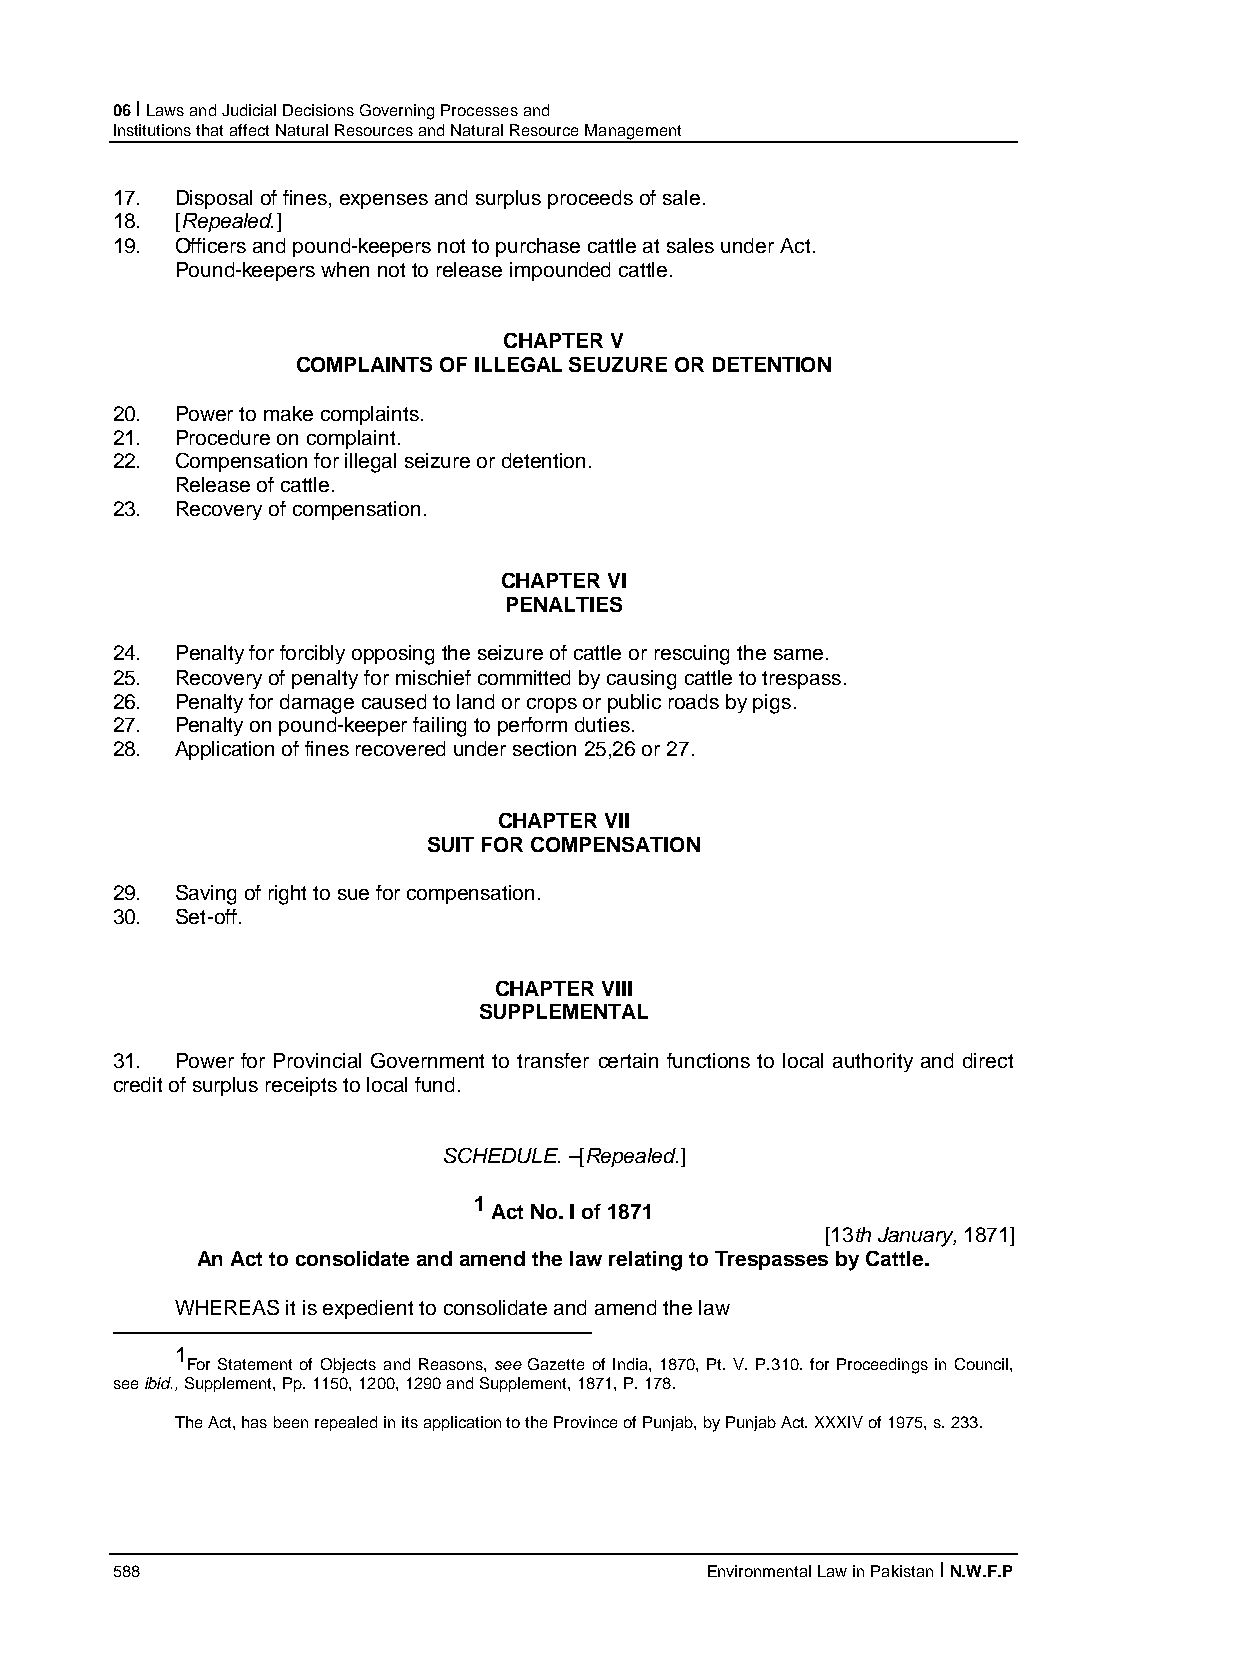
06 I Laws and Judicial Decisions Governing Processes and
 Institutions that affect Natural Resources and Natural Resource Management
 17.  Disposal of fines, expenses and surplus proceeds of sale.
 18.  [Repealed.]
 19.  Officers and pound-keepers not to purchase cattle at sales under Act.
 Pound-keepers when not to release impounded cattle.
 CHAPTER V
 COMPLAINTS OF ILLEGAL SEUZURE OR DETENTION
 20.  Power to make complaints.
 21.  Procedure on complaint.
 22.  Compensation for illegal seizure or detention.
 Release of cattle.
 23.  Recovery of compensation.
 CHAPTER VI
 PENALTIES
 24.  Penalty for forcibly opposing the seizure of cattle or rescuing the same.
 25.  Recovery of penalty for mischief committed by causing cattle to trespass.
 26.  Penalty for damage caused to land or crops or public roads by pigs.
 27.  Penalty on pound-keeper failing to perform duties.
 28.  Application of fines recovered under section 25,26 or 27.
 CHAPTER VII
 SUIT FOR COMPENSATION
 29.  Saving of right to sue for compensation.
 30.  Set-off.
 CHAPTER VIII
 SUPPLEMENTAL
 31.  Power for Provincial Government to transfer certain functions to local authority and direct
 credit of surplus receipts to local fund.
 SCHEDULE. –[Repealed.]
 1
 Act No. I of 1871
 [13th January, 1871]
 An Act to consolidate and amend the law relating to Trespasses by Cattle.
 WHEREAS it is expedient to consolidate and amend the law
 ———————————————————————
 1
 For Statement of Objects and Reasons, see Gazette of India, 1870, Pt. V. P.310. for Proceedings in Council,
 see ibid., Supplement, Pp. 1150, 1200, 1290 and Supplement, 1871, P. 178.
 The Act, has been repealed in its application to the Province of Punjab, by Punjab Act. XXXIV of 1975, s. 233.
 588                                     Environmental Law in Pakistan I N.W.F.P